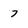
Character: 7